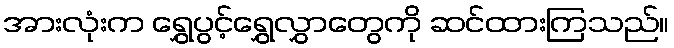
အားလုံးက ရွှေပွင့်ရွှေလွှာတွေကို ဆင်ထားကြသည်။